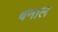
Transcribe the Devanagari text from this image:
बनाल